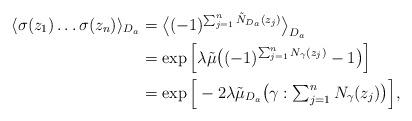
LaTeX: \begin{align*} \langle\sigma (z_1) \ldots \sigma(z_n) \rangle_{D_a} &= \big \langle (-1)^{\sum_{j=1}^n \tilde N_{D_a}(z_j)} \big \rangle_{D_a} \\ & = \exp\Big [\lambda \tilde \mu \big((-1)^{\sum_{j=1}^n N_{\gamma}(z_j)}-1\big) \Big] \\ &= \exp\Big[ -2\lambda\tilde \mu_{D_a}\big(\gamma: \textstyle \sum_{j=1}^n N_{\gamma}(z_j) \big) \Big] ,\end{align*}